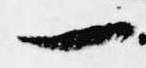
一